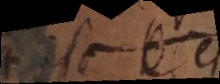
esse B est